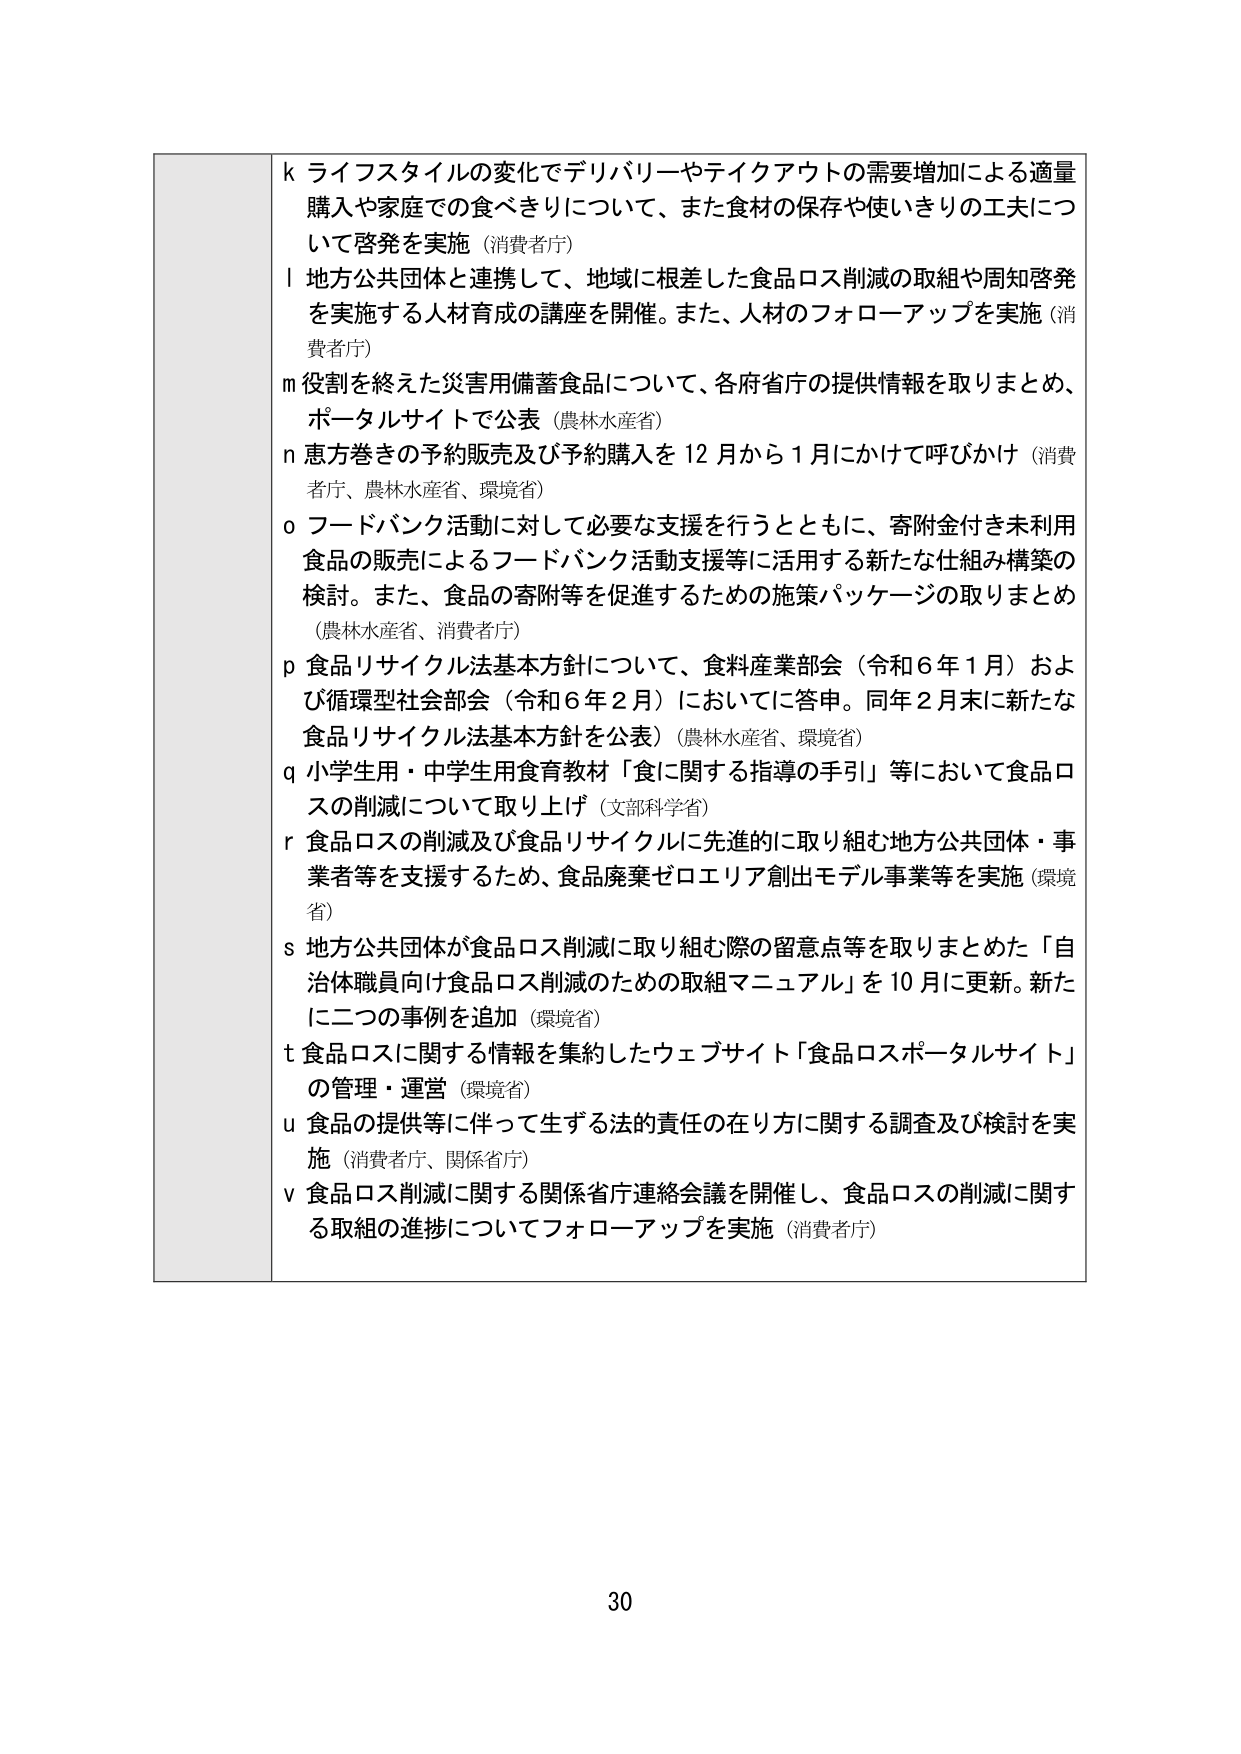
k ライフスタイルの変化でデリバリーやテイクアウトの需要増加による適量購入や家庭での食べきりについて、また食材の保存や使いきりの工夫について啓発を実施（消費者庁）
l 地方公共団体と連携して、地域に根差した食品ロス削減の取組や周知啓発を実施する人材育成の講座を開催。また、人材のフォローアップを実施（消費者庁）
m 役割を終えた災害用備蓄食品について、各府省庁の提供情報を取りまとめ、ポータルサイトで公表（農林水産省）
n 恵方巻きの予約販売及び予約購入を12月から1月にかけて呼びかけ（消費者庁、農林水産省、環境省）
o フードバンク活動に対して必要な支援を行うとともに、寄附金付き未利用食品の販売によるフードバンク活動支援等に活用する新たな仕組み構築の検討。また、食品の寄附等を促進するための施策パッケージの取りまとめ（農林水産省、消費者庁）
p 食品リサイクル法基本方針について、食料産業部会（令和6年1月）および循環型社会部会（令和6年2月）においてに答申。同年2月末に新たな食品リサイクル法基本方針を公表）（農林水産省、環境省）
q 小学生用・中学生用食育教材「食に関する指導の手引」等において食品ロスの削減について取り上げ（文部科学省）
r 食品ロスの削減及び食品リサイクルに先進的に取り組む地方公共団体・事業者等を支援するため、食品廃棄ゼロエリア創出モデル事業等を実施（環境省）
s 地方公共団体が食品ロス削減に取り組む際の留意点等を取りまとめた「自治体職員向け食品ロス削減のための取組マニュアル」を10月に更新。新たに二つの事例を追加（環境省）
t 食品ロスに関する情報を集約したウェブサイト「食品ロスポータルサイト」の管理・運営（環境省）
u 食品の提供等に伴って生ずる法的責任の在り方に関する調査及び検討を実施（消費者庁、関係省庁）
v 食品ロス削減に関する関係省庁連絡会議を開催し、食品ロスの削減に関する取組の進捗についてフォローアップを実施（消費者庁）

30